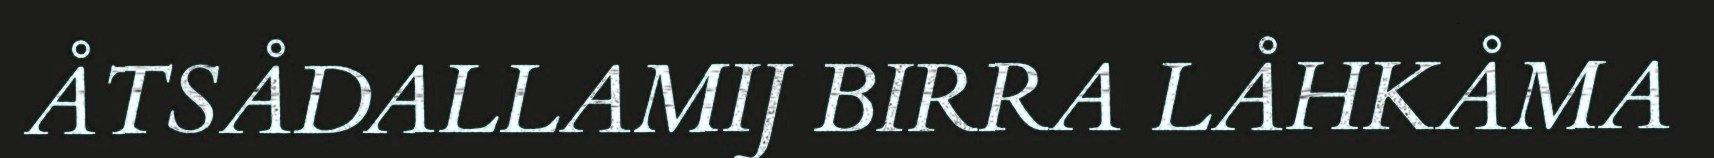
ÅTSÅDALLAMIJ BIRRA LÅHKÅMA